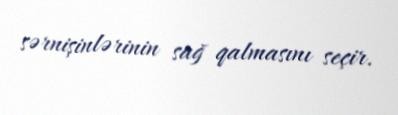
sərnişinlərinin sağ qalmasını seçir.